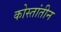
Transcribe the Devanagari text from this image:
कोस्तांतीन